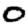
Digit: 0